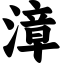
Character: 漳